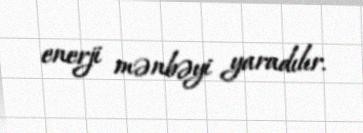
enerji mənbəyi yaradılır.